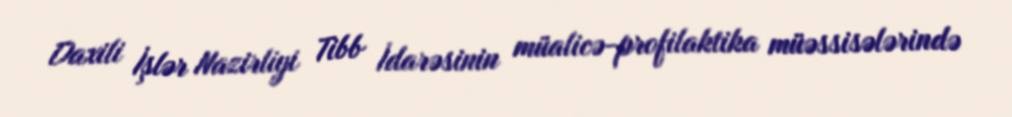
Daxili İşlər Nazirliyi Tibb İdarəsinin müalicə-profilaktika müəssisələrində